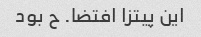
این پیتزا افتضا. ح بود